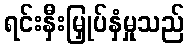
ရင်းနှီးမြှုပ်နှံမှုသည်